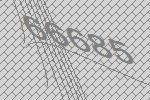
66685